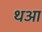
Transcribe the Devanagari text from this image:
थआ